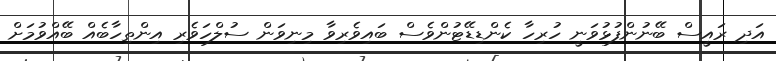
އަދި ރައީސް ބޭނުންފުޅުވަނީ ހުރިހާ ކެންޑިޑޭޓުންވެސް ބައިވެރިވާ މިނިވަން ސުލްހަވެރި އިންތިހާބެއް ބޭއްވުމަށް